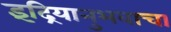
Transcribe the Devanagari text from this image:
इंद्रियानुभवाचा